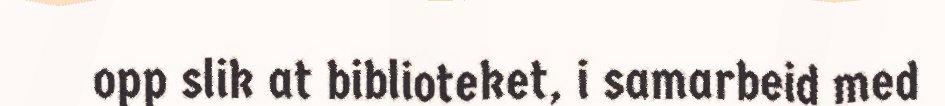
opp slik at biblioteket, i samarbeid med